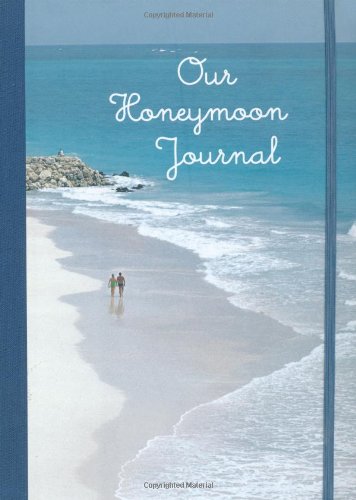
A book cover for Our Honeymoon Journal; Crafts, Hobbies & Home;